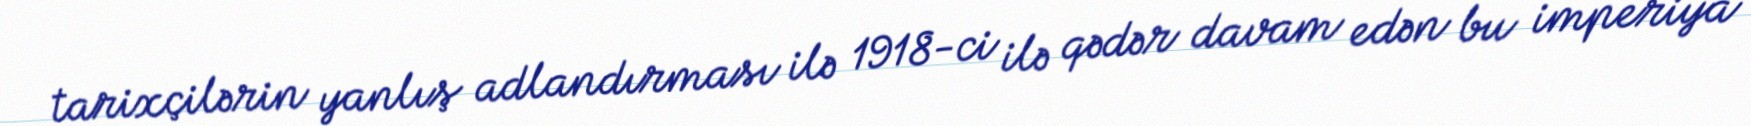
tarixçilərin yanlış adlandırması ilə 1918-ci ilə qədər davam edən bu imperiya